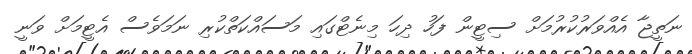
ނަތީޖާ އެއްވަރުކުރުމަށް ސިޓީން ފަހު ދިހަ މިނެޓްގައި މަސައްކަތްކުރި ނަމަވެސް އެޓީމަށް ވަނީ